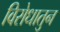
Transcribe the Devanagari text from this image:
विरोधातुन